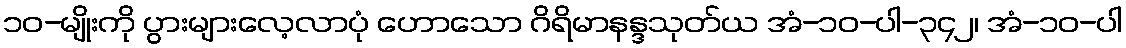
၁၀-မျိုးကို ပွားများလေ့လာပုံ ဟောသော ဂိရိမာနန္ဒသုတ်ယ အံ-၁၀-ပါ-၃၄၂၊ အံ-၁၀-ပါ